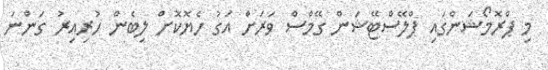
މި ޕްރޮމޯޝަންގައި ޕްލޭސްޓޭޝަން ގޭމްސް ވަރަށް އަގު ހެޔޮކޮށް ލިބެން ހުރިއިރު ގަންނަ